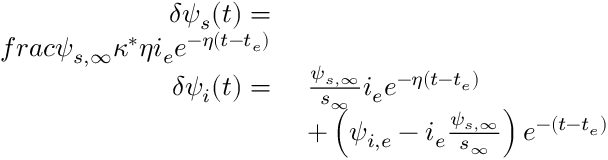
\begin{array} { r l } { \delta \psi _ { s } ( t ) = } & { } \\ { f r a c { \psi _ { s , \infty } \kappa ^ { * } } { \eta } i _ { e } e ^ { - \eta ( t - t _ { e } ) } } \\ { \delta \psi _ { i } ( t ) = } & { \ \frac { \psi _ { s , \infty } } { s _ { \infty } } i _ { e } e ^ { - \eta ( t - t _ { e } ) } } \\ & { \ + \left( \psi _ { i , e } - i _ { e } \frac { \psi _ { s , \infty } } { s _ { \infty } } \right) e ^ { - ( t - t _ { e } ) } } \end{array}